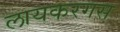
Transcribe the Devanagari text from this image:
लायकरगस